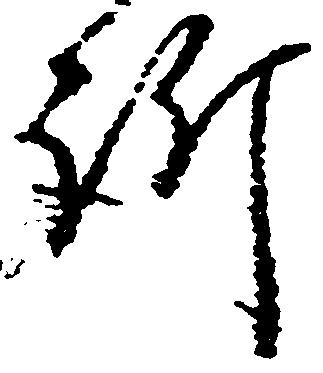
訴